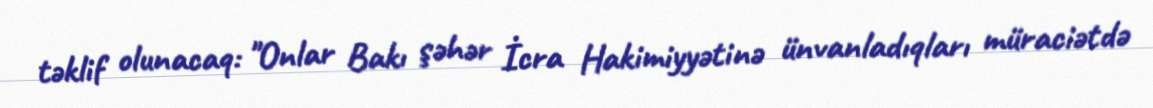
təklif olunacaq: "Onlar Bakı şəhər İcra Hakimiyyətinə ünvanladıqları müraciətdə